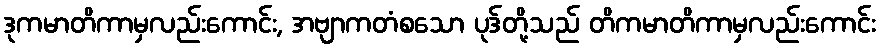
ဒုကမာတိကာမှလည်းကောင်း, အဗျာကတံစသော ပုဒ်တို့သည် တိကမာတိကာမှလည်းကောင်း